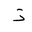
Letter: _thal